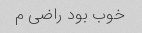
خوب بود راضی م